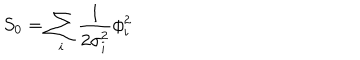
S _ { 0 } = \sum _ { i } { \frac { 1 } { 2 \sigma _ { i } ^ { 2 } } } \phi _ { i } ^ { 2 }